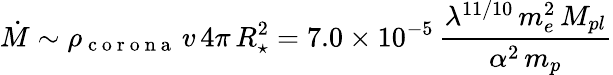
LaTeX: \dot{M}\sim\rho_{\mathrm{~c~o~r~o~n~a~}}\, v\, 4\pi\, R_{\star}^{2}=7.0\times 10^{-5}\, \frac{\lambda^{11/10}\, m_{e}^{2}\, M_{pl}}{\alpha^{2}\, m_{p}}